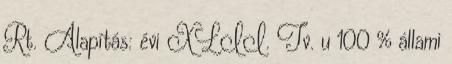
Rt. Alapítás: évi XLII. Tv. u 100 % állami